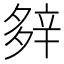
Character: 𨐔